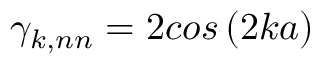
{ \gamma } _ { k , n n } = 2 c o s \left( 2 k a \right)